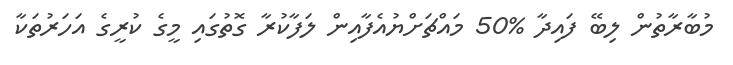
މުބާރާތުން ލިބޭ ފައިދާ %50 މައްޗަށްޔުއެފާއިން ލަފާކުރާ ގޮތުގައި މީގެ ކުރީގެ އަހަރުތަކާ